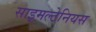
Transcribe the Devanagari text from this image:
साइमल्टेनियस